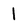
Character: 1